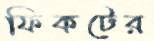
ফিকটের